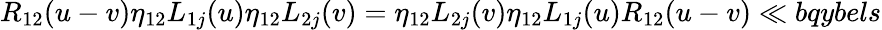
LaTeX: {R}_{12}(u-v)\eta_{12}L_{1j}(u)\eta_{12}L_{2j}(v)=\eta_{12}L_{2j}(v)\eta_{12}L_{1j}(u){R}_{12}(u-v)\ll{bqybels}